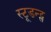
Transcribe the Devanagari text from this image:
स्टूडन्ट्स